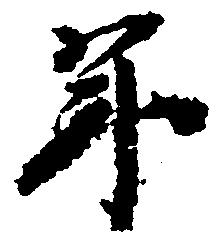
年